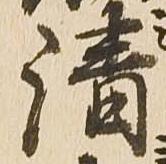
清